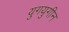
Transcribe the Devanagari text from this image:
युगयुगीन